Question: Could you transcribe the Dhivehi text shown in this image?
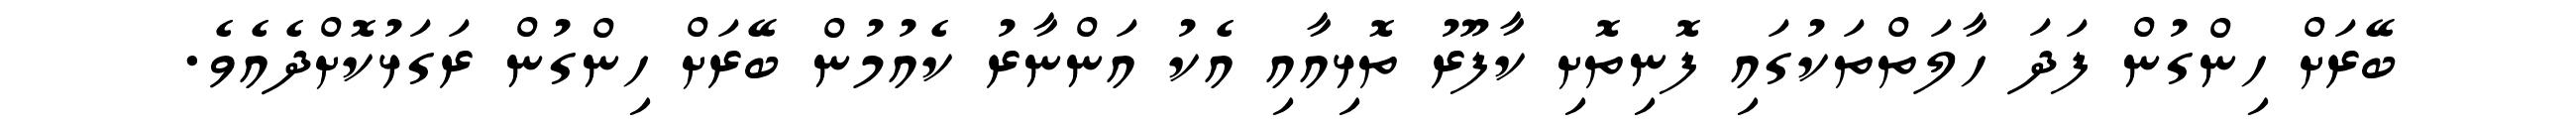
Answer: ބޭރަށް ހިންގުން ފަދަ ހާލަތްތަކުގައި ފޮނިތޮށި ކާފޫރު ތޮޅިއާއި އެކު އަންނާރު ކެއުމުން ބޭރަށް ހިންގުން ރަގަޅުކޮށްދެއެވެ.